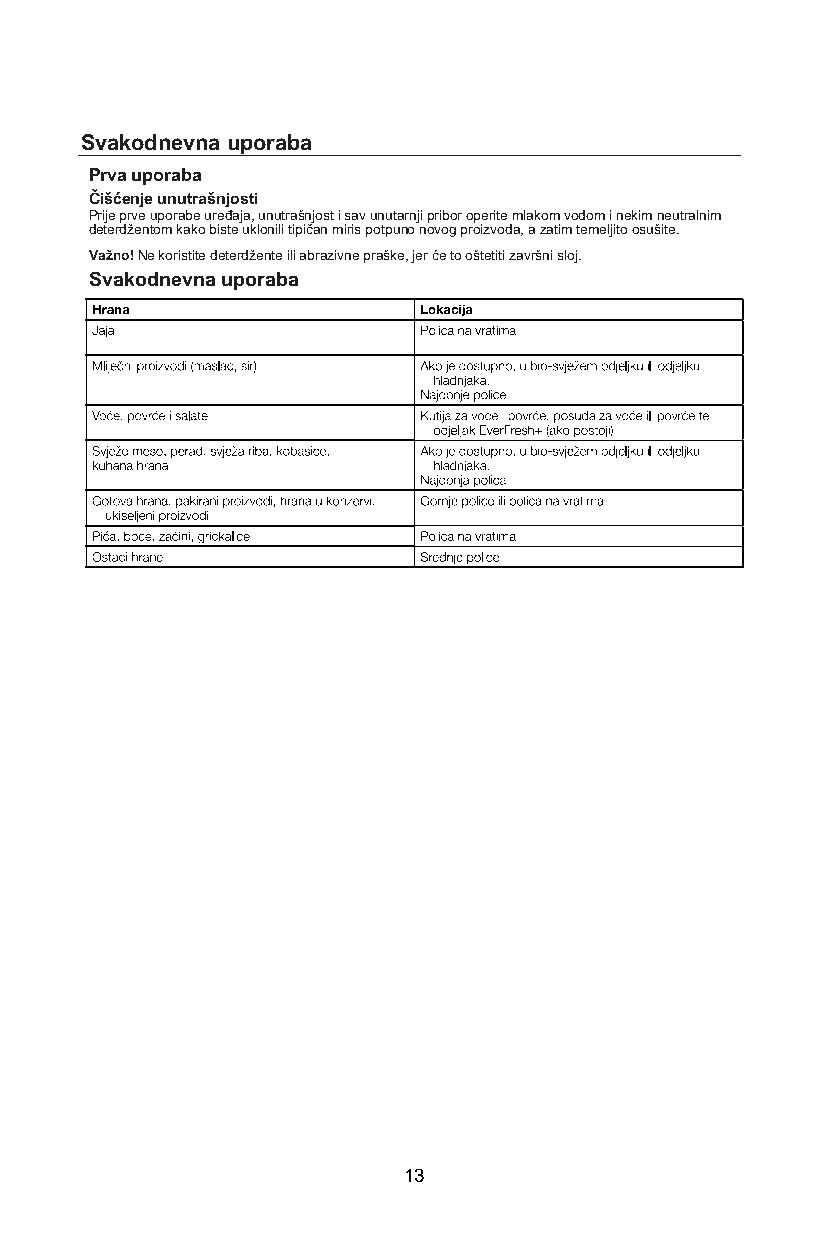
Svakodnevna uporaba
 Prva uporaba
 Čišćenje unutrašnjosti
 Prije prve uporabe uređaja, unutrašnjost i sav unutarnji pribor operite mlakom vodom i nekim neutralnim
 deterdžentom kako biste uklonili tipičan miris potpuno novog proizvoda, a zatim temeljito osušite.
 Važno! Ne koristite deterdžente ili abrazivne praške, jer će to oštetiti završni sloj.
 Svakodnevna uporaba
 13